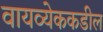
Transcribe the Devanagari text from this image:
वायव्येककडील